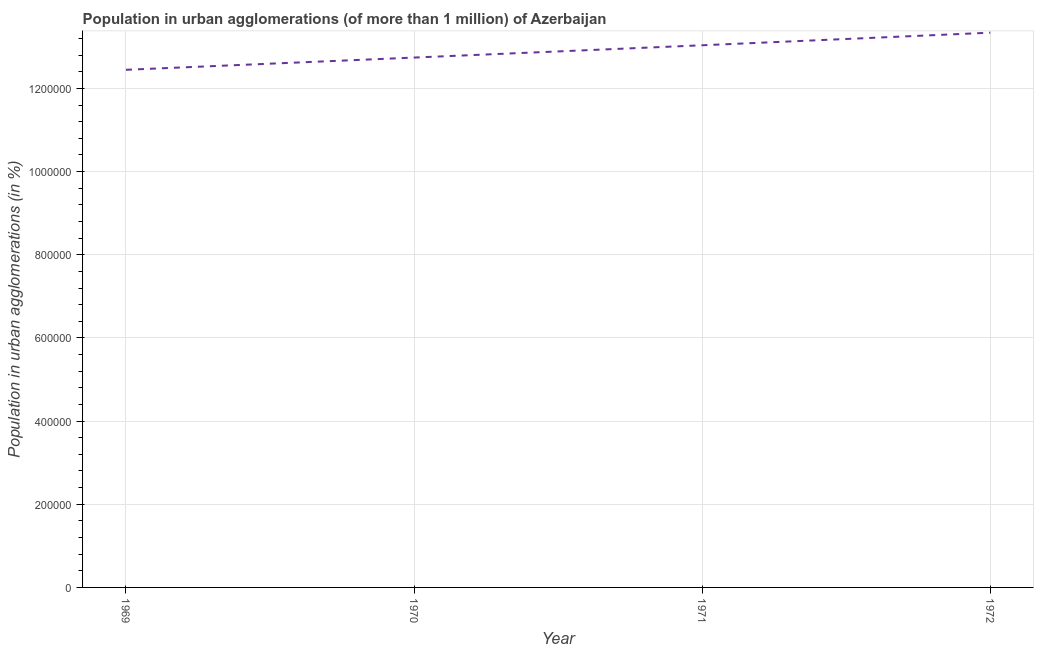
| Year | Population in urban agglomerations |
 | --- | --- |
 | 1969 | 1.24e+06 |
 | 1970 | 1.27e+06 |
 | 1971 | 1.3e+06 |
 | 1972 | 1.33e+06 |